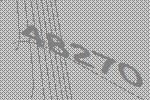
48270